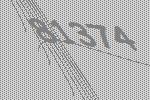
81374